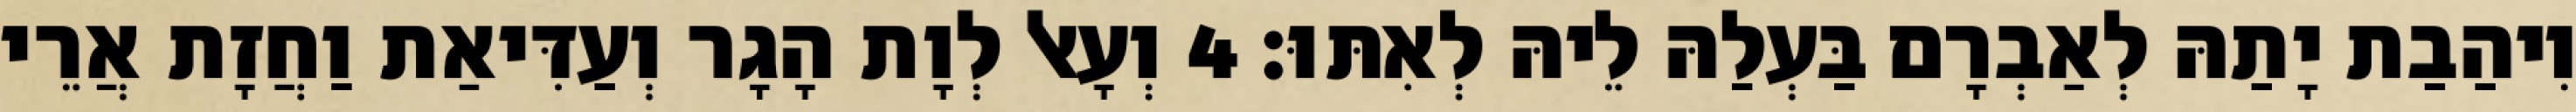
וִיהַבַת יָתַהּ לְאַבְרָם בַּעְלַהּ לֵיהּ לְאִתּוּ׃ 4 וְעָאל לְוָת הָגָר וְעַדִּיאַת וַחֲזָת אֲרֵי